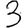
Digit: 3